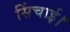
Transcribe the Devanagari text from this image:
सिंचाई।